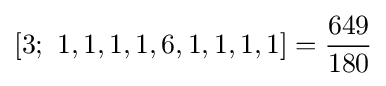
[3;\ 1,1,1,1,6,1,1,1,1]={\frac {649}{180}}